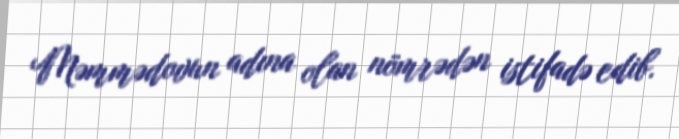
Məmmədovun adına olan nömrədən istifadə edib.